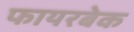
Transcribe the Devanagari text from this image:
फायरबेक